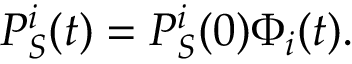
P _ { S } ^ { i } ( t ) = P _ { S } ^ { i } ( 0 ) \Phi _ { i } ( t ) .